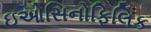
ઇઓસિનોફિલિક